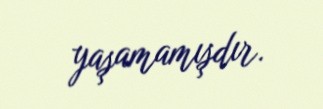
yaşamamışdır.